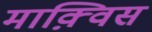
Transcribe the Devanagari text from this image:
माक़्विस